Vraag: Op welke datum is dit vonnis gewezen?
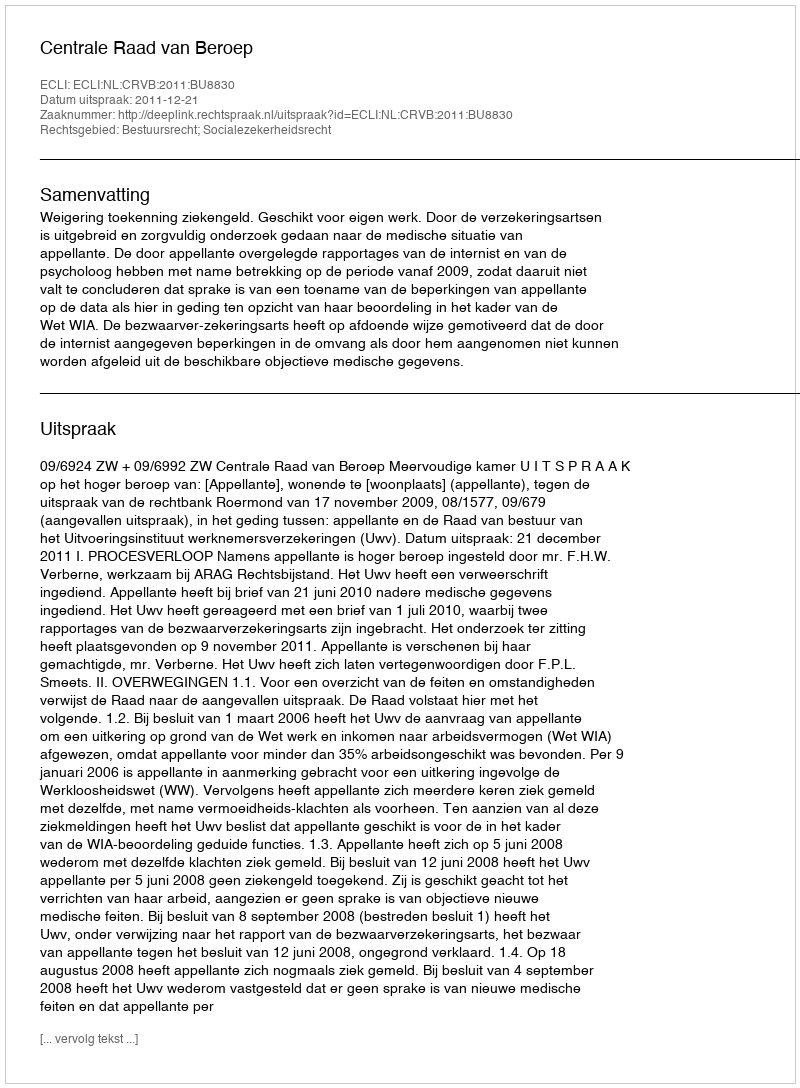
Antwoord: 2011-12-21